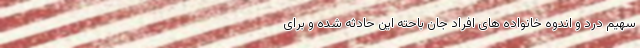
سهیم درد و اندوه خانواده های افراد جان باحته این حادثه شده و برای